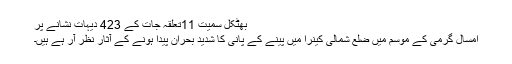
بھٹکل سمیت 11تعلقہ جات کے 423 دیہات نشانے پر
امسال گرمی کے موسم میں ضلع شمالی کینرا میں پینے کے پانی کا شدید بحران پیدا ہونے کے آثار نظر آر ہے ہیں۔